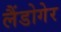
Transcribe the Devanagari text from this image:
लैंडोगेर